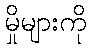
မှိုများကို